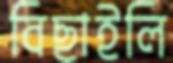
বিছাইলি